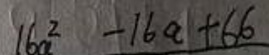
\[16a^{2}-16a + 66\]